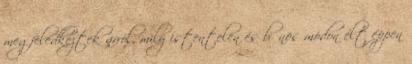
megfeledkeztek arról, mily istentelen és bűnös módon élt éppen